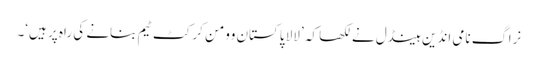
نراگ نامی انڈین ہینڈل نے لکھا کہ ’لالا پاکستان وومن کرکٹ ٹیم بنانے کی راہ پر ہیں‘۔